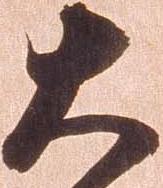
大